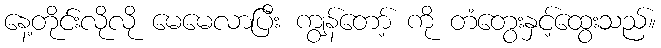
နေ့တိုင်းလိုလို မေမေလာပြီး ကျွန်တော့် ကို တံတွေးနှင့်ထွေးသည်။